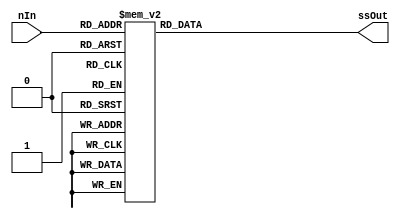
`timescale 1ns / 1ps
//////////////////////////////////////////////////////////////////////////////////
// Company: 
// Engineer: 
// 
// Design Name: 
// Module Name:    sevensegdecoder 
// Project Name: 
// Target Devices: 
// Tool versions: 
// Description: 
//
// Dependencies: 
//
// Revision: 
// Revision 0.01 - File Created
// Additional Comments: 
//
//////////////////////////////////////////////////////////////////////////////////
module sevensegdecoder(

	input [3:0] nIn,
	output reg [6:0] ssOut  
);

always @(nIn)
    case (nIn)
      4'h0: ssOut = 7'b1000000;
      4'h1: ssOut = 7'b1111001;
      4'h2: ssOut = 7'b0100100;
      4'h3: ssOut = 7'b0110000;
      4'h4: ssOut = 7'b0011001;
      4'h5: ssOut = 7'b0010010;
      4'h6: ssOut = 7'b0000010;
      4'h7: ssOut = 7'b1111000;
      4'h8: ssOut = 7'b0000000;
      4'h9: ssOut = 7'b0011000;
      4'hA: ssOut = 7'b0001000;
      4'hB: ssOut = 7'b0000011;
      4'hC: ssOut = 7'b1000110;
      4'hD: ssOut = 7'b0100001;
      4'hE: ssOut = 7'b0000110;
      4'hF: ssOut = 7'b0001110;
      default: ssOut = 7'b1001001;
    endcase

endmodule